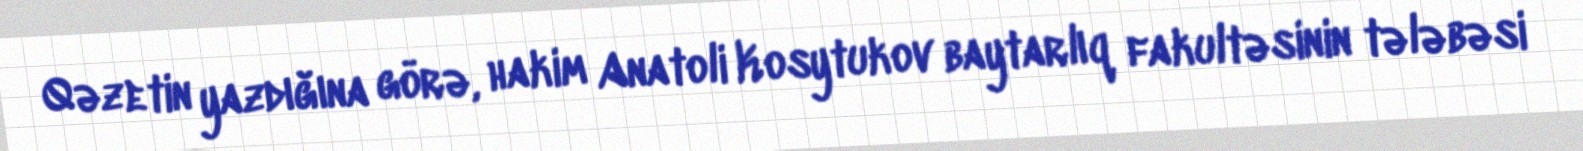
Qəzetin yazdığına görə, hakim Anatoli Kosytukov baytarlıq fakultəsinin tələbəsi